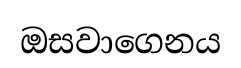
ඔසවාගෙනය